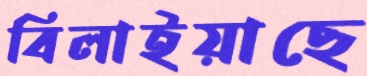
বিলাইয়াছে